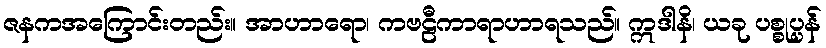
ဇနကအကြောင်းတည်း။ အာဟာရော၊ ကဗဠီကာရာဟာရသည်။ ဣဒါနိ၊ ယခု ပစ္စုပ္ပန်